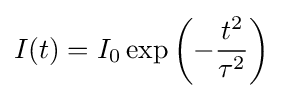
I(t)=I_{0}\exp \left(-{\frac {t^{2}}{\tau ^{2}}}\right)